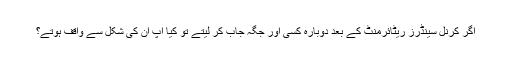
اگر کرنل سینڈرز ریٹائرمنٹ کے بعد دوبارہ کسی اور جگہ جاب کر لیتے تو کیا آپ ان کی شکل سے واقف ہوتے؟